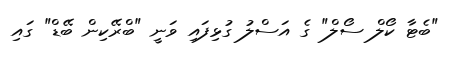
"ބެޓާ ކޯލް ސޯލް" ގެ އަސްލު ގުޅިފައި ވަނީ "ބްރޭކިން ބޭޑް" ގައި